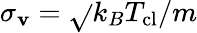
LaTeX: \sigma_{\mathbf{v}}=\sqrt{}{{k_{B}T_{\mathrm{{{cl}}}}/m}}